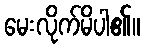
မေးလိုက်မိပါ၏။